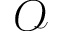
\mathcal { O }